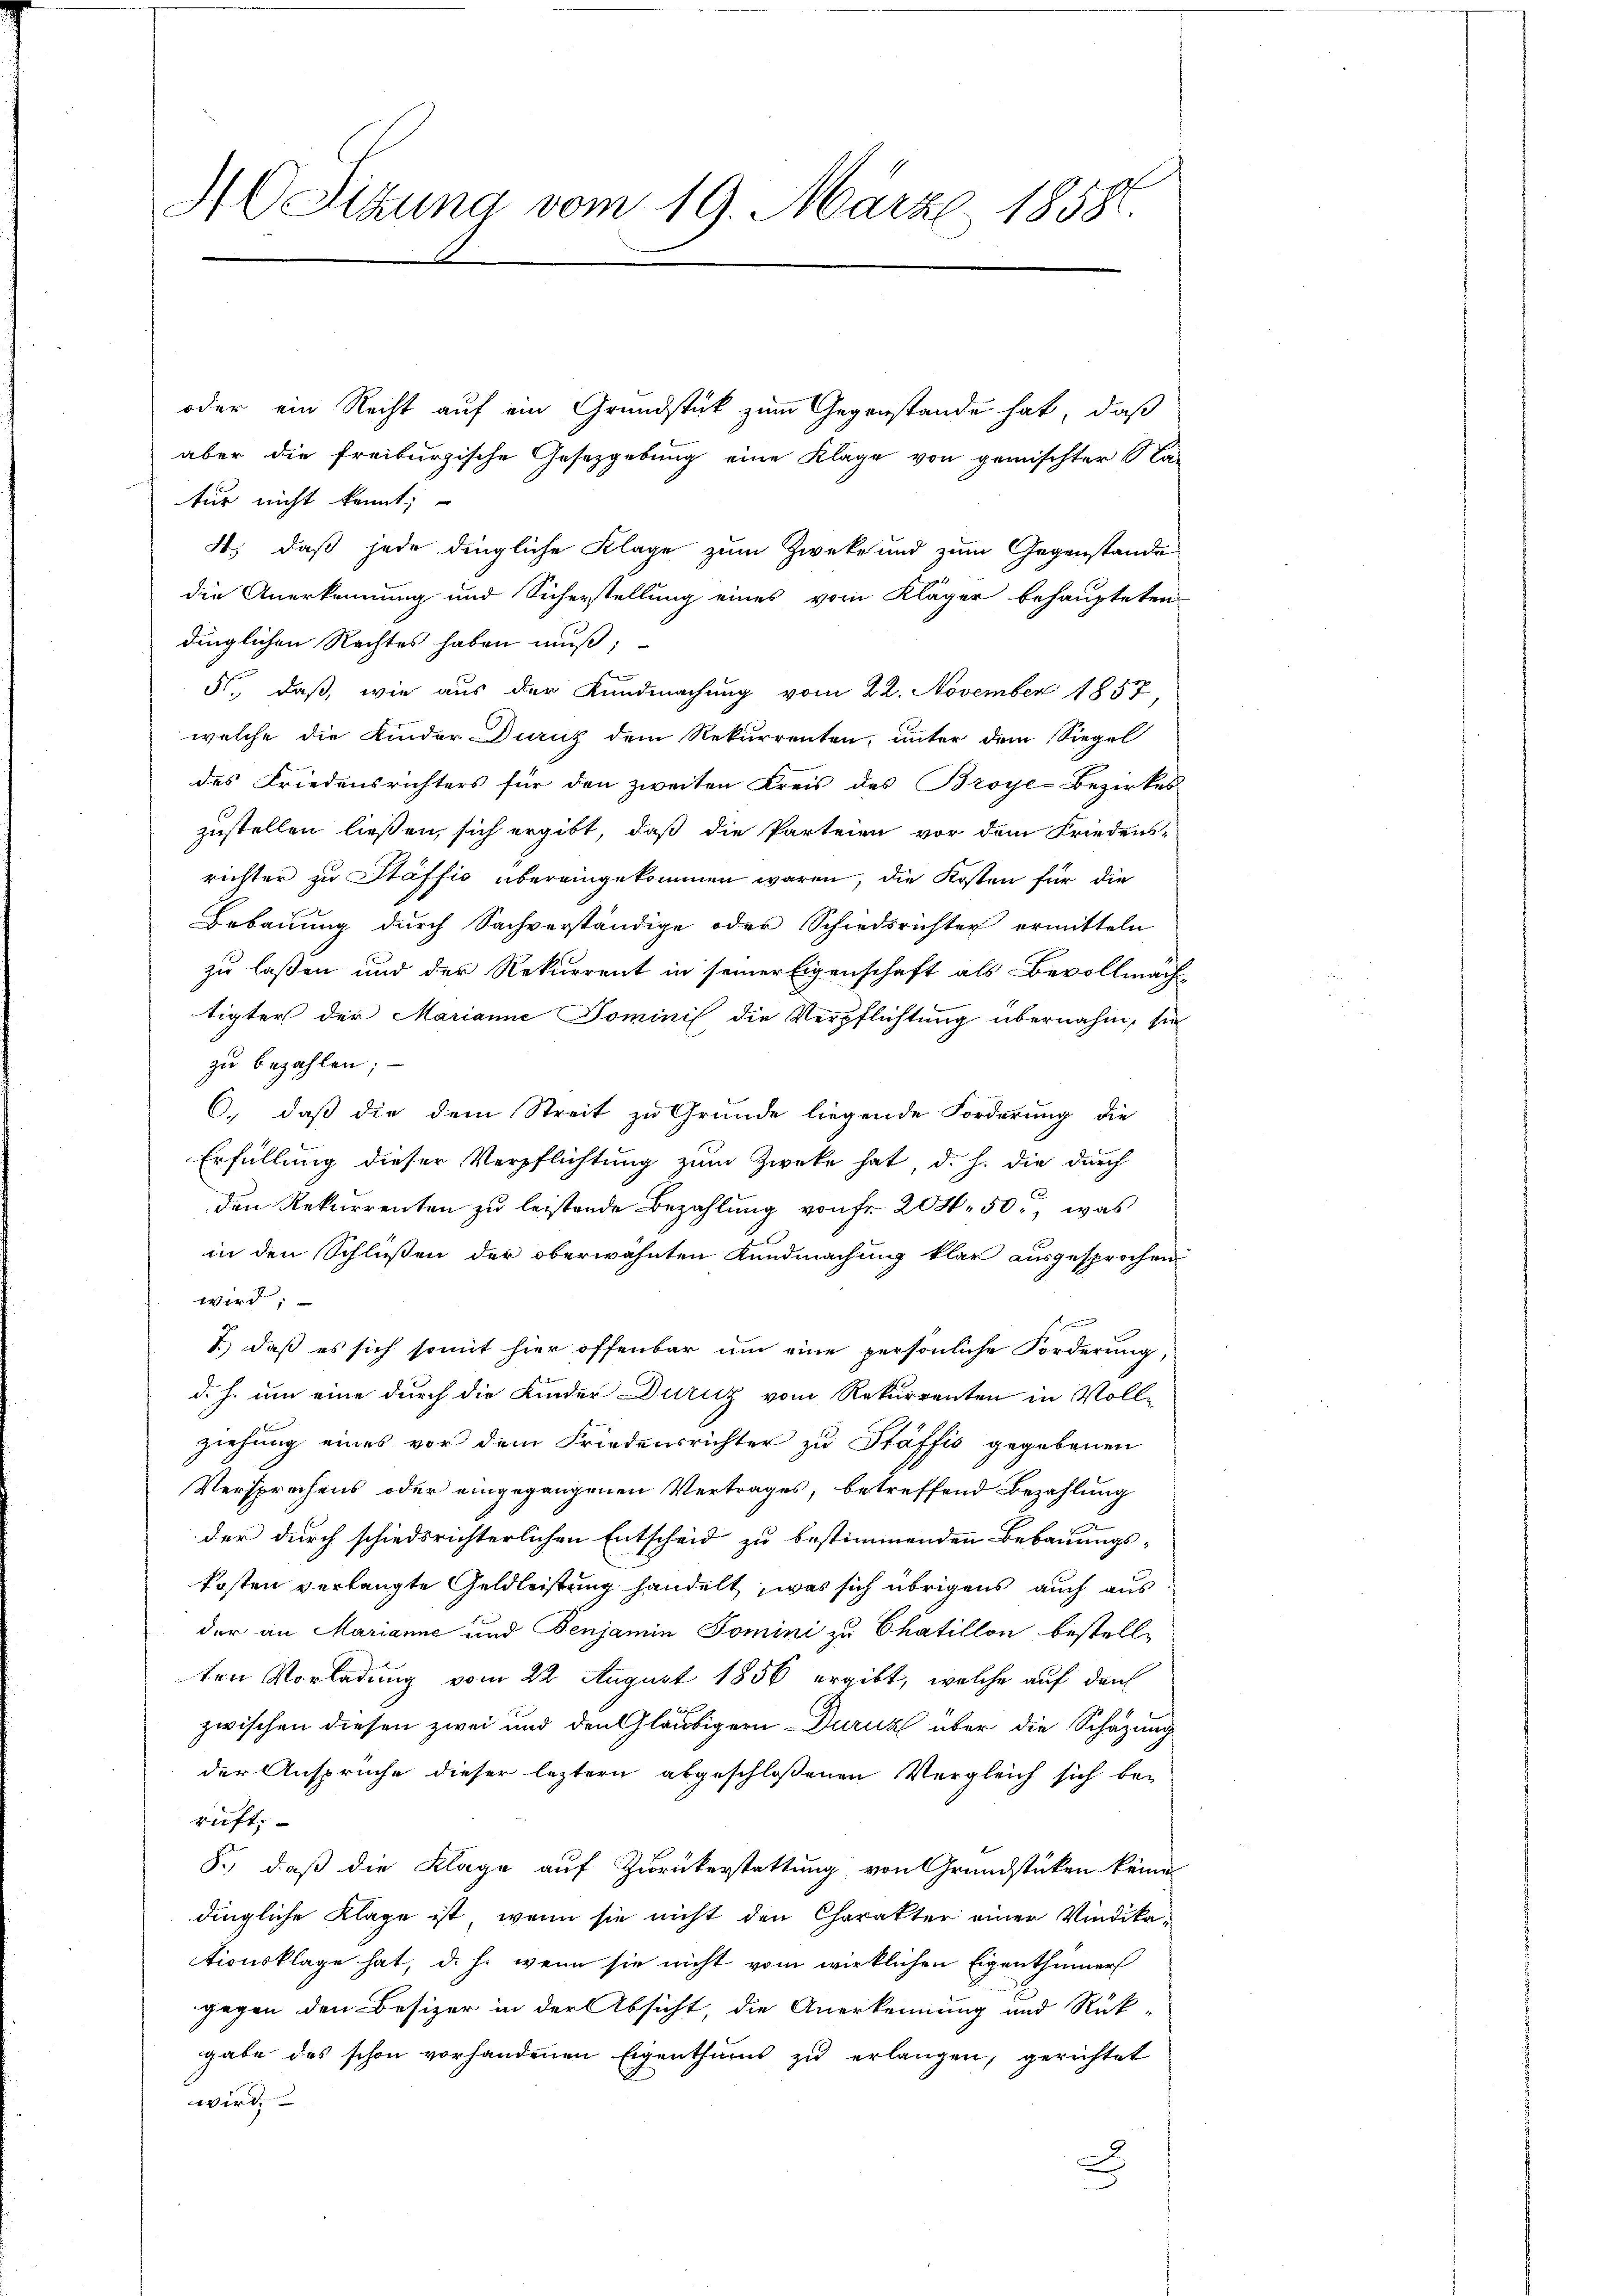
40 Sitzung vom 19. März 1858.

oder ein Recht auf ein Grundstück zum Gegenstande hat, daß
aber die freiburgische Gesetzgebung eine Kläge von gemischter Sta-
tur nicht kannt;
4.) daß jede dingliche Klage zum Zwecke und zum Gegenstande
die Anerkennung und Sicherstellung eines vom Kläger behaupteten
dinglichen Rechtes haben muß;
5., daß, wie aus der Kundmachung vom 22. November 1857,
welche die Kinder-Diens dem Rekurrenten, unter dem Siegel
des Friedensrichters für den zweiten Kreis des Broye-Bezirkes
zustellen ließen, sich ergibt, daß die Parteien vor dem Friedens-
richter zu Stäffio übereingekommen waren, die Kosten für die
Bebauung durch Sachverständige oder Schiedsrichter ermitteln
zu laßen und der Rekurrent in seiner Eigenschaft als Bevollmachtigter der Marianne Dominis die Verpflichtung übernahm, sie
zu bezahlen; —
6., daß die dem Streit zu Grunde liegende Forderung die
Erfüllung dieser Verpflichtung zum Zwecke hat d. h. die durch
den Rekurrenten zu leistende Bezahlung von fr. 204. 50, was
in den Schlüßen der oberwähnten Kundmachung klar ausgesprochen,
wird;
7.) daß es sich somit hier offenbar um eine persönliche Forderung,
d. h. um eine durch die Kinder Durnz vom Rekurrenten in Vollziehung eines vor dem Friedensrichter zu Stäffis gegebenen
Versprechens oder eingegangenen Vertrages, betreffend Bezahlung
der durch schiedsrichterlichen Entscheid zu bestimmenden Bebauungs-
kosten verlangte Geldleistung handelt, was sich übrigens auch aus
der an Marianne und Benjamin Tomini zu Chatillon bestell-
ten Vorladung vom 22 August 1856 ergibt, welche auf den
zwischen diesen zwei und den Gläubigern Durch über die Schazung
der Ansprüche dieser leztern abgeschlossenen Vergleich sich bei
rift:
8.) daß die Klage auf Zurückerstattung von Grundstücken keine
dingliche Klage ist, wenn sie nicht den Charakter einer Vindikationsklage hat, d. h. wenn sie nicht vom wirklichen Eigenthümer
gegen den Besizer in der Absicht, die Anerkennung und Rück-
gabe des schon vorhandenen Eigenthums zu erlangen, gerichtet
wird.
2